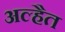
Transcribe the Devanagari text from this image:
अल्हैत